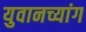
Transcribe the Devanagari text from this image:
युवानच्यांग